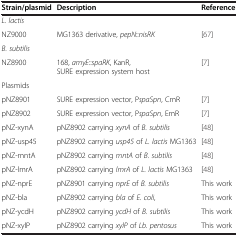
| Strain/plasmid | Description | Reference |
 | --- | --- | --- |
 | L. lactis |  |  |
 | NZ9000 | MG1363 derivative, pepN::nisRK | [67] |
 | B. subtilis |  |  |
 | NZ8900 | 168, amyE::spaRK, KanR, SURE expression system host | [7] |
 | Plasmids |  |  |
 | pNZ8901 | SURE expression vector, PspaSpn, CmR | [7] |
 | pNZ8902 | SURE expression vector, PspaSpn, EmR | [7] |
 | pNZ-xynA | pNZ8902 carrying xynA of B. subtilis | [48] |
 | pNZ-usp45 | pNZ8902 carrying usp45 of L. lactis MG1363 | [48] |
 | pNZ-mntA | pNZ8902 carrying mntA of B. subtilis | [48] |
 | pNZ-lmrA | pNZ8902 carrying lmrA of L. lactis MG1363 | [48] |
 | pNZ-nprE | pNZ8901 carrying nprE of B. subtilis | This work |
 | pNZ-bla | pNZ8902 carrying bla of E. coli, | This work |
 | pNZ-ycdH | pNZ8902 carrying ycdH of B. subtilis | This work |
 | pNZ-xylP | pNZ8902 carrying xylP of Lb. pentosus | This work |